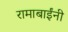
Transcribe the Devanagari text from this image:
रामाबाईंनी